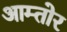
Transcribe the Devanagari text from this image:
आम्तोर